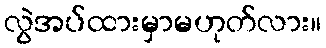
လွဲအပ်ထားမှာမဟုတ်လား။